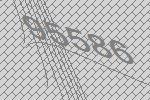
95586